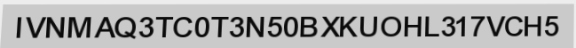
IVNMAQ3TC0T3N50BXKUOHL317VCH5